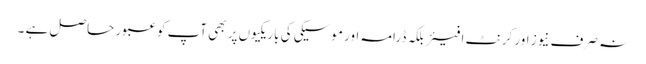
نہ صرف نیوز اور کرنٹ افیئربلکہ ڈرامہ اور موسیکی کی باریکیوں پر بھی آپ کو عبور حاصل ہے ۔